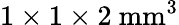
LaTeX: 1\times 1\times 2~\mathrm{mm^{3}}